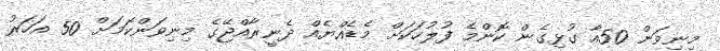
މިނިވަން 50އާ ގުޅިގެން ކޮންމެ ފުލުހަކަށް މެޑެއްޔެއް ދެނީރާއްޖޭގެ މިނިވަންކަމަށް 50 އަހަރު